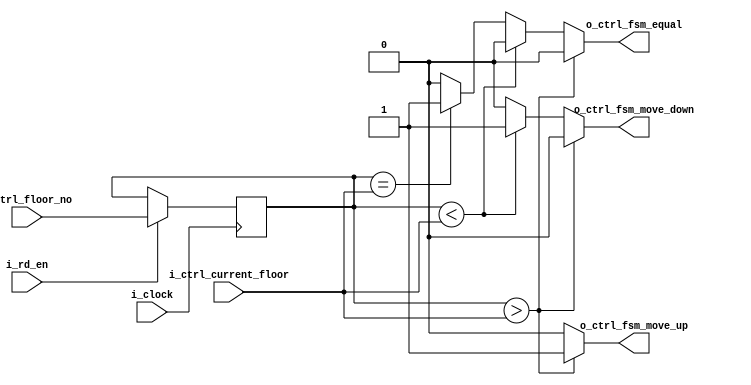
`timescale 1ns / 1ps
//////////////////////////////////////////////////////////////////////////////////
// Company: 
// Engineer: 
// 
// Design Name: 
// Module Name:    elevato_ctrl 
// Project Name: 
// Target Devices: 
// Tool versions: 
// Description: 
//
// Dependencies: 
//
// Revision: 
// Revision 0.01 - File Created
// Additional Comments: 
//
//////////////////////////////////////////////////////////////////////////////////
///-------------------Port Declarations-----------------------------------------//
module elevator_ctrl #(parameter ctrl_PFLOOR_WIDTH = 4 )(
	 input i_clock ,
	 input i_rd_en ,
    input [ctrl_PFLOOR_WIDTH-1 : 0] i_ctrl_floor_no,
    input [ctrl_PFLOOR_WIDTH-1 : 0] i_ctrl_current_floor ,
    output reg	o_ctrl_fsm_move_up,
    output reg o_ctrl_fsm_move_down,
    output reg o_ctrl_fsm_equal
    );

///---------------------------------------------------------------------------///
reg [ctrl_PFLOOR_WIDTH-1 : 0] floor_num_save ;
always@(posedge i_clock) 
	begin
		if(i_rd_en == 1)
			floor_num_save <= i_ctrl_floor_no ;
		else 
			floor_num_save <= floor_num_save ;
	end
/////-----------------------controler Logic----------------------------------///
always@(*) 
	begin
			o_ctrl_fsm_move_up = 1'b0 ;                         //intializing outputs 
			o_ctrl_fsm_move_down = 1'b0 ; 
			o_ctrl_fsm_equal = 1'b0 ; // avoiding latches 
			if((floor_num_save > i_ctrl_current_floor)) 
				o_ctrl_fsm_move_up = 1'b1 ;
			else if ( (floor_num_save< i_ctrl_current_floor) ) 
				o_ctrl_fsm_move_down = 1'b1 ;
			else if ( (floor_num_save == i_ctrl_current_floor) ) 
				o_ctrl_fsm_equal = 1'b1 ;
         
					
	end 


endmodule